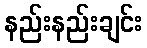
နည်းနည်းချင်း